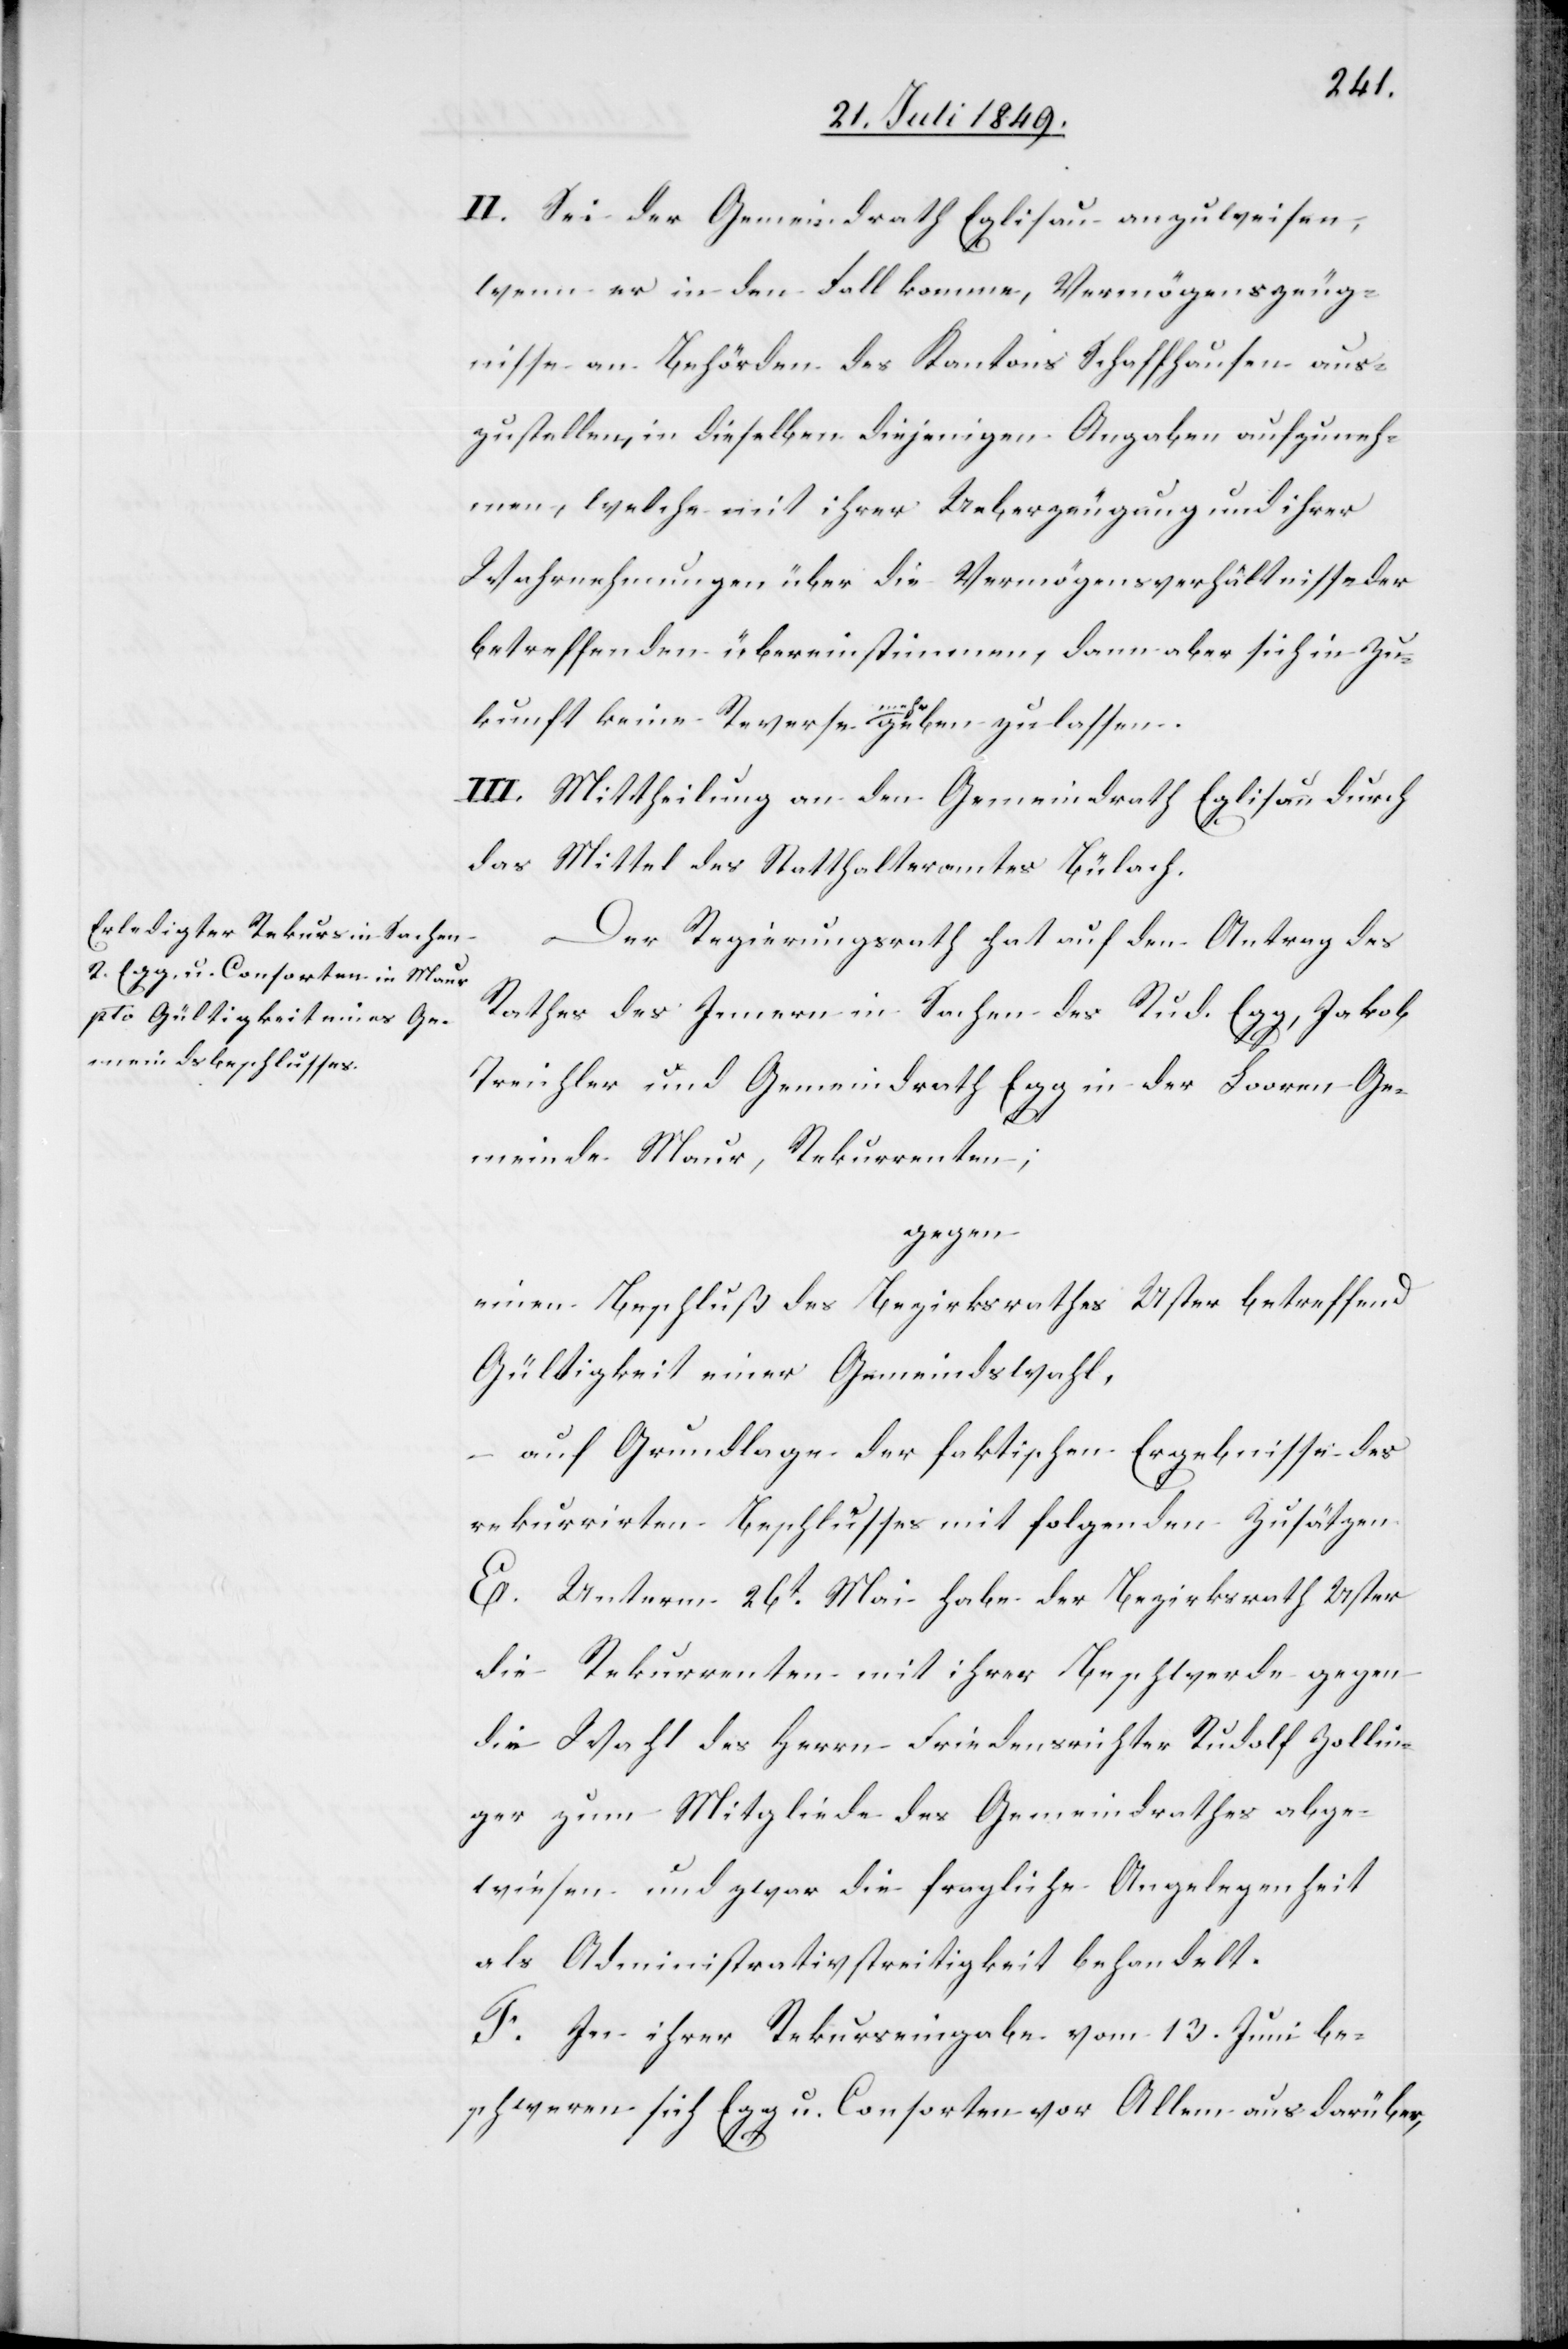
II. Sei der Gemeindrath Eglisau anzuweisen,
wenn er in den Fall komme, Vermögenszeug¬
nisse an Behörden des Kantons Schaffhausen aus¬
zustellen, in dieselben diejenigen Angaben aufzuneh¬
men, welche mit ihrer Ueberzeugung und ihrer
Wahrnehmungen über die Vermögensverhältnisse der
Betreffenden übereinstimmen, dann aber sich in Zu¬
kunft keine Reverse a-mehr-a geben zu lassen.
III. Mittheilung an den Gemeindrath Eglisau durch
das Mittel des Statthalteramtes Bülach.
Der Regierungsrath hat auf den Antrag des
Rathes des Innern in Sachen des Rud. Egg, Jakob
Treichler und Gemeindrath Egg in der Looren Ge¬
meinde Maur, Rekurrenten;
gegen
einen Beschluß des Bezirksrathes Uster betreffend
Gültigkeit einer Gemeindswahl,
auf Grundlage der faktischen Ergebnisse des
rekurrirten Beschlusses mit folgenden Zusätzen.
E. Unterm 26t Mai habe der Bezirksrath Uster
die Rekurrenten mit ihrer Beschwerde gegen
die Wahl des Herrn Friedensrichter Rudolf Zollin¬
ger zum Mitgliede des Gemeindrathes abge¬
wiesen und zwar die fragliche Angelegenheit
als Administrativstreitigkeit behandelt.
F. In ihrer Rekurseingabe vom 13. Juni be¬
schweren sich Egg u. Consorten vor Allem auch darüber,